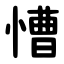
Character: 慒